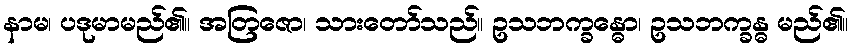
နာမ၊ ပဒုမာမည်၏။ အတြဇော၊ သားတော်သည်။ ဥသဘက္ခန္ဓော၊ ဥသဘက္ခန္ဓ မည်၏။